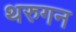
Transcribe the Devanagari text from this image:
थरुगन